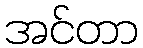
အင်တာ